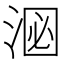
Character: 𪶑